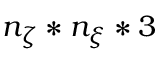
n _ { \zeta } * n _ { \xi } * 3